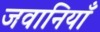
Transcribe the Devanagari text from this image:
जवानियाँ